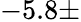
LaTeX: -5.8\pm